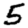
Digit: 5